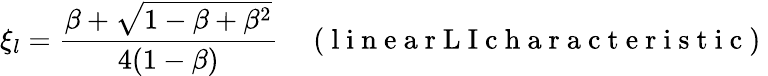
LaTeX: \xi_{l}=\frac{\beta+\sqrt{1-\beta+\beta^{2}}}{4(1-\beta)}\quad\mathrm{~(~l~i~n~e~a~r~L~I~c~h~a~r~a~c~t~e~r~i~s~t~i~c~)~}